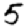
Digit: 5